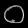
Digit: ၀